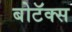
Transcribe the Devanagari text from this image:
बोटॅक्स